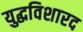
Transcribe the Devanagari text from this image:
युद्धविशारद